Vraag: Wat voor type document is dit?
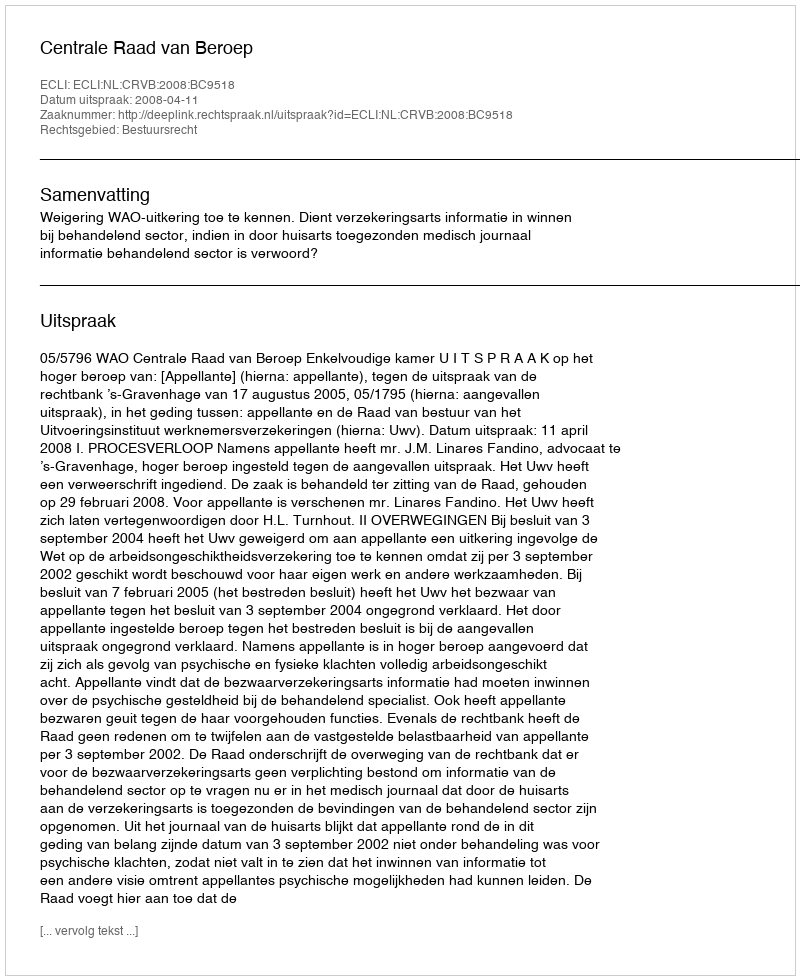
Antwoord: Uitspraak